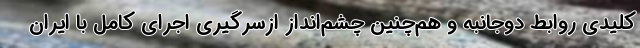
کلیدی روابط دوجانبه و هم‌چنین چشم‌انداز ازسرگیری اجرای کامل با ایران